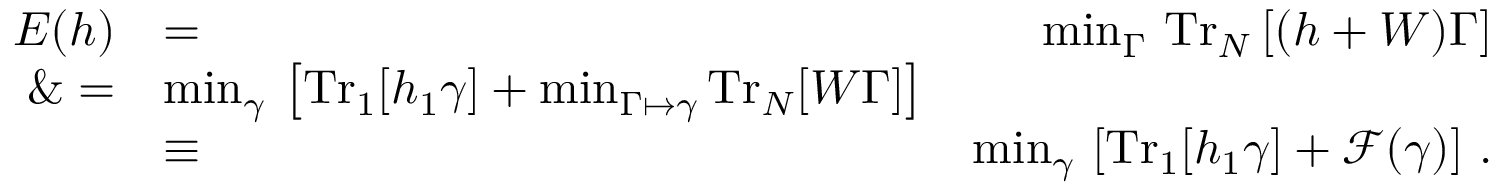
\begin{array} { r l r } { E ( h ) } & { = } & { \operatorname* { m i n } _ { \Gamma } \, \mathrm { T r } _ { N } \left[ ( h + W ) \Gamma \right] } \\ { \& = } & { \operatorname* { m i n } _ { \gamma } \, \left[ \mathrm { T r } _ { 1 } [ h _ { 1 } \gamma ] + \operatorname* { m i n } _ { \Gamma \mapsto \gamma } \mathrm { T r } _ { N } [ W \Gamma ] \right] } \\ & { \equiv } & { \operatorname* { m i n } _ { \gamma } \, \left[ \mathrm { T r } _ { 1 } [ h _ { 1 } \gamma ] + \mathcal { F } ( \gamma ) \right] \, . } \end{array}